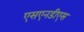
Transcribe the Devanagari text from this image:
एसएनडीएस